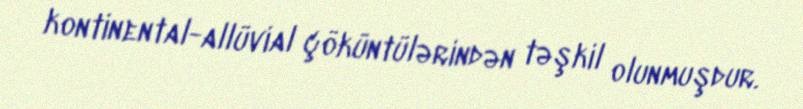
kontinental-allüvial çöküntülərindən təşkil olunmuşdur.